Vital statistics of India. Vol. V, Reports of 1876 on armies & jails and on epidemic cholera
Year: 1876
Disease focus: Cholera
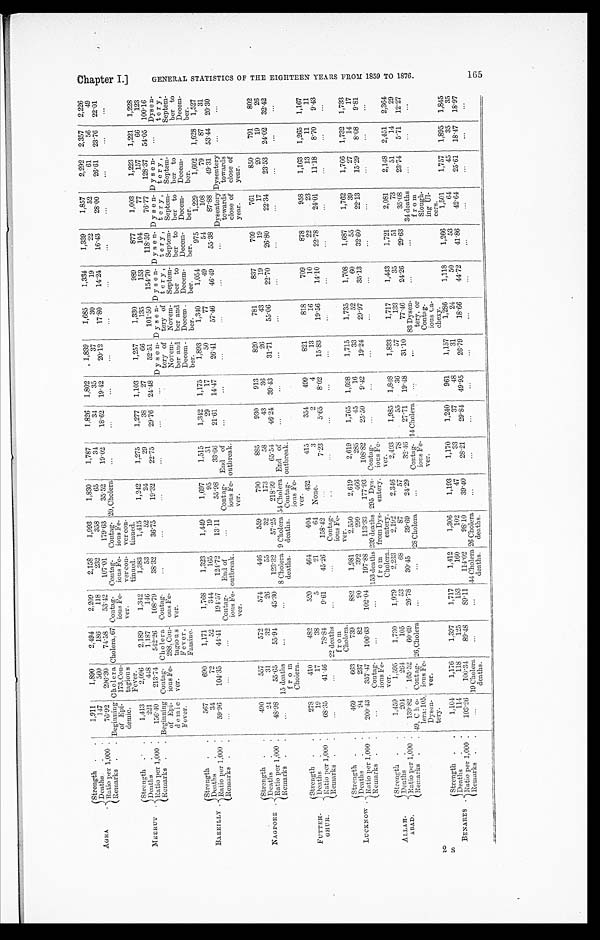
A G R A .
Strength .
.
1,911
1,890
2,494
2,209
2,158
1,993
1,830
1,787
1,826
1,802
1,839
1,685
1,334
1,339
1,857
2,292
2,357
2,226
Deaths
.
.
147
560
186
118
2 3 2
358
65
34
34
35
37
30 1
19
22
52
61
56
49
Ratio per 1,000 .
76.92
296.30
74.58
53.42
107.01
179.63
35.52
19.02
18'62
19.42
20.12
17.8O
14.24
16.43
28'00
26'61
23'76
22'01
Remarks .
. Beginning
of Epi
demic.
Cholera
173,Con
tagious
Fever.
Cholera, 67 Contag
ious Fe
ver.
Contag
ious Fe
v e r c o n t i n u e d .
Contag
ious Fe
vcr con
tinued.
20, Cholera
...
...
...
...
...
...
...
...
...
...
...
MEERUT
.
Strength
.
.
1,413
2,096
2,189
1,342
1,383
1,415
1,242
1,275
1,277
1,103
1,257
1,330
989
877
1,003
1,223
1,221
1,228
Deaths
.
.
221
448
1,187
146
53
52
24
29
3S
27
66
135
153
104
77
157
66
123
Ratio per 1,000 .
156.40
213.74
542.26
108.79
38.32
36.75
19.32
22.75
29.76
24.48
52.51
101.50
154.70
118.59
76.77
128.37
54.05 100.16
Remarks .
. Beginning
of Epi d e m i c
Fever.
Conta
gious Fe
ver.
Cholera
288, Con
tagious
Fever,
Famine.
Contag
ous Fe
ver.
. . .
. . .
...
. . .
...
...
Dyse
ntery of
,
Novem
ber
a n d
Decem
ber.
Dyse
ntery
,
Novem
ber to
Decem
ber.
Dyse
ntery
,
Septem
ber to
Decem
ber.
Dyse
ntery
,
Septem
ber to
Decem
ber.
Dyse
ntery
,
Septem
ber to
Decem
ber.
Dyse
ntery
,
Septem
ber to
Decem
ber.
...
Dyse
ntery ,
Septem
ber to
Decem
ber.
BAREILLY .
Strength .
.
567
690
1,171
1,768
1 , 3 2 3
1,449
1,697
1,515
1,342
1,175
1,893
1,340
1,054
975
1,229
1,602
1,628
1,527
Deaths
.
.
34
72
52
344
165
19
95
51
29
17
50
77
49
54
108
79
87
31
Ratio per 1,000
.
59.96
104.35
44.41
194.57
124.72
13.11
55.98
33.66
21.61
14.47
26.41
57.46
46.49
55.38
87.88
49.31
53.44
20.30
Remarks .
.
. . .
..
.
...
Contag
ious Fe
ver.
End of
outbreak.
...
Contag-
ions Fe-
ver.
End of
outbreak.
...
...
...
...
...
...
Dysentery
towards
close of
year.
Dysentery
towards
close of
year.
... ...
NAGP0RE
.
Strength .
.
490
557
572
574
446
559
790
885
930
913
820
781
837
709
761
850
791
802
Deaths
.
.
24
31
32
26
55
32
173
58
43
36
26
43
19
19
17
20
19
26
R a t i o p e r 1 , 0 0 0
.
48.98
55.65
55.94
45.30
123.32
57.25
218.99
65.54
46.24
39.43
31.71
55.06
22.70
26.80
22.34
23.53
24.02
32.42
Rema rk s .
.
...
15 deaths
from
Cholera.
... ...
8 Cholera
deaths.
9 Cholera
deaths.
54 Cholera
Contag
ious Fe
ver.
End of
outbreak.
... ... ... ...
...
...
...
... ... ...
FUTTEHGHUR.
Strength .
.
273
410
482
520
464
404
432
415
354
499
821
818
709
878
958
1,163
1,265
1,167
Deaths
.
. j
19
17
38
5
21
64
None.
3
2
4
13
16
10
22
23
13
11
11
Ratio per 1,000 .
6 8 . 3 5
41.46
78.84
9.61
45.26
158.42
...
7.23
5.65
8.02
15.83
19.56
14.10
22.78
24.01
11.18
8.70
9.43
Remarks .
.
...
...
22 deaths
from
Cholera.
...
...
C o n t a g i o u s F e v e r .
...
...
...
...
...
...
...
...
...
... ... ...
LUCKNOW .
Strength .
.
409
663
739
832
1.981
2.550
2.619
2,619
1,765
1,698
1,715
1,735
1,708
1,687
1,762
1,766
1,732
1,733
IDeaths
.
.
94
237
82
90
399
299
466
285
45
16
33
52
60
55
39
27
14
17
Ratio per 1,000 .
200.43
357'47
106.63
102.04
1.97.88
113.33
177.93
108.82
25.50
9.42
19.24
29.97
35.13
32.60
22.13
15.29
8.08
9.81
Remarks .
.
...
Contag
ious Fe
ver.
... ...
153 deaths
from
Cholera.
239 deaths
from Dys
entery.
295 Dys
entery.
Contag
ious
F e v e r .
...
...
...
... ...
...
... ... ... ...
A L L A H A B A D . strength .
.
1,459
1,595
1,730
1,979
2,233
2,192
2,346
2,403
1,985
1,848
1,833
1,717
1,443
1,721.
2,081
2,148
2,451
2,364
Deaths
.
.
204
264
105
53
68
87
57
78
55
36
57
133
35
51
73
51
14
29
Ratio per 1,000 .
139.82
165.52
60.69
26.78
30.45
39.69
24.29
32.46
27.71
19.48
31.10
77.46
24.26
29.63
35.08
23.74
5.71
12.27
Remarks .
. 49, Cholera; 1 0 5 ,
Dysen
tery .
Contag
ious Fe
ver.
26,Cholera
... ...
28 Cholera
...
Contai
ous
F e v e r .
14 Cholera
...
...
83 Dysen
tery, or
Conta
gious Cachexy.
... ...
34 deaths
from
Slough
ing Ul
cers.
...
...
...
BENARES
.
S t r e n g t h .
.
1,104
1,176
1,397
1,717
1,412
1,306
1,193
1,170
1,240
961
1,157
1,286
1,118
1,266
1,501
1,757
1,895
1,845
Deaths
.
114
118
125
153
1601
102
47
33
37
48
31
24
50
53
64
45
35
35
Ratio per 1,000 .
103.26
100.34
89.48
89.11
114.02
98.10
39.40
28.21
29.84
49.95
26.79
18.66
44.72
41.86
42.64
25.61
18.47
18.97
Remarks .
.
...
19 Cholera deaths.
... ...
44 Cholera deaths. 26 Cholera deaths.
... ... ... ... ... ... ... ... ... ... ... ...
Chapter I.]
G E N E R A L S T A T I S T I C S O F T H E E I G H T E E N Y E A R S F R O M 1 8 5 9 T O 1 8 7 6 .
165